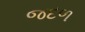
જદળ